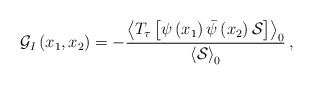
\begin{align*}\mathcal{G}_{I}\left( {{x}_{1}},{{x}_{2}} \right)= -\frac{{{\left\langle {{T}_{\tau }}\left[ \psi \left( {{x}_{1}} \right)\bar{\psi }\left( {{x}_{2}}\right)\mathcal{S} \right] \right\rangle }_{0}}}{{{\left\langle \mathcal{S}\right\rangle }_{0}}}\,,\,\end{align*}